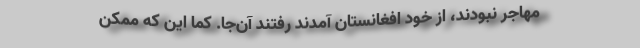
مهاجر نبودند، از خود افغانستان آمدند رفتند آن‌جا. کما این که ممکن